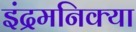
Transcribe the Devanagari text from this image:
इंद्रमनिक्या